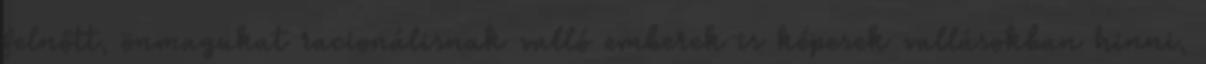
felnőtt, önmagukat racionálisnak valló emberek is képesek vallásokban hinni,